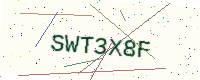
Text: SWT3X8F